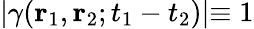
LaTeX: \lvert\gamma({\mathbf{r}}_{1},{\mathbf{r}}_{2};t_{1}-t_{2})\lvert\equiv 1